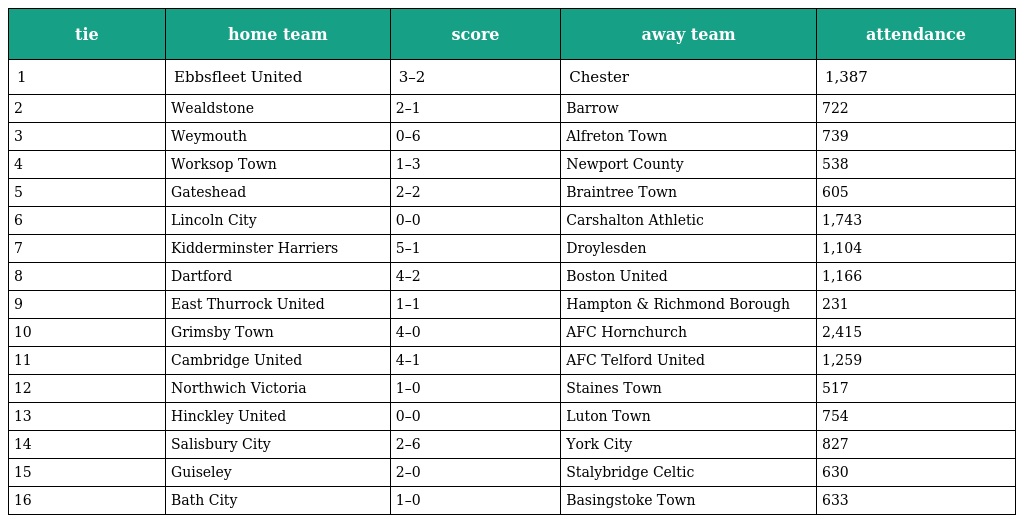
| tie | home team | score | away team | attendance |
 | --- | --- | --- | --- | --- |
 | 1 | Ebbsfleet United | 3–2 | Chester | 1,387 |
 | 2 | Wealdstone | 2–1 | Barrow | 722 |
 | 3 | Weymouth | 0–6 | Alfreton Town | 739 |
 | 4 | Worksop Town | 1–3 | Newport County | 538 |
 | 5 | Gateshead | 2–2 | Braintree Town | 605 |
 | 6 | Lincoln City | 0–0 | Carshalton Athletic | 1,743 |
 | 7 | Kidderminster Harriers | 5–1 | Droylesden | 1,104 |
 | 8 | Dartford | 4–2 | Boston United | 1,166 |
 | 9 | East Thurrock United | 1–1 | Hampton & Richmond Borough | 231 |
 | 10 | Grimsby Town | 4–0 | AFC Hornchurch | 2,415 |
 | 11 | Cambridge United | 4–1 | AFC Telford United | 1,259 |
 | 12 | Northwich Victoria | 1–0 | Staines Town | 517 |
 | 13 | Hinckley United | 0–0 | Luton Town | 754 |
 | 14 | Salisbury City | 2–6 | York City | 827 |
 | 15 | Guiseley | 2–0 | Stalybridge Celtic | 630 |
 | 16 | Bath City | 1–0 | Basingstoke Town | 633 |